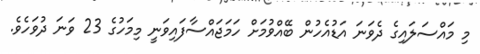
މި މައްސަލައިގެ ދެވަނަ އަޑުއެހުން ބޭއްވުމަށް ހަމަޖައްސާފައިވަނީ މިމަހުގެ 23 ވަނަ ދުވަހެވެ.